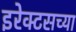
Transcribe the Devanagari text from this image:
इरेक्टसच्या